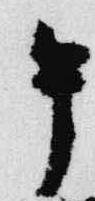
午